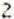
2